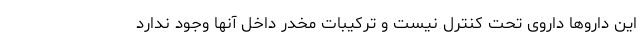
این داروها داروی تحت کنترل نیست و ترکیبات مخدر داخل آنها وجود ندارد